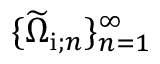
\{ \widetilde { \Omega } _ { \mathrm { i } ; n } \} _ { n = 1 } ^ { \infty }